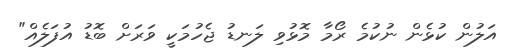
އަލުން ކުޅެން ނުކުމެ ރޯމާ މޮޅުވި ލަނޑު ޖެހުމަކީ ވަރަށް ބޮޑު އުފަލެއް"